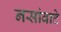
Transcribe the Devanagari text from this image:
नसांवाटे